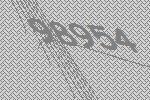
98954